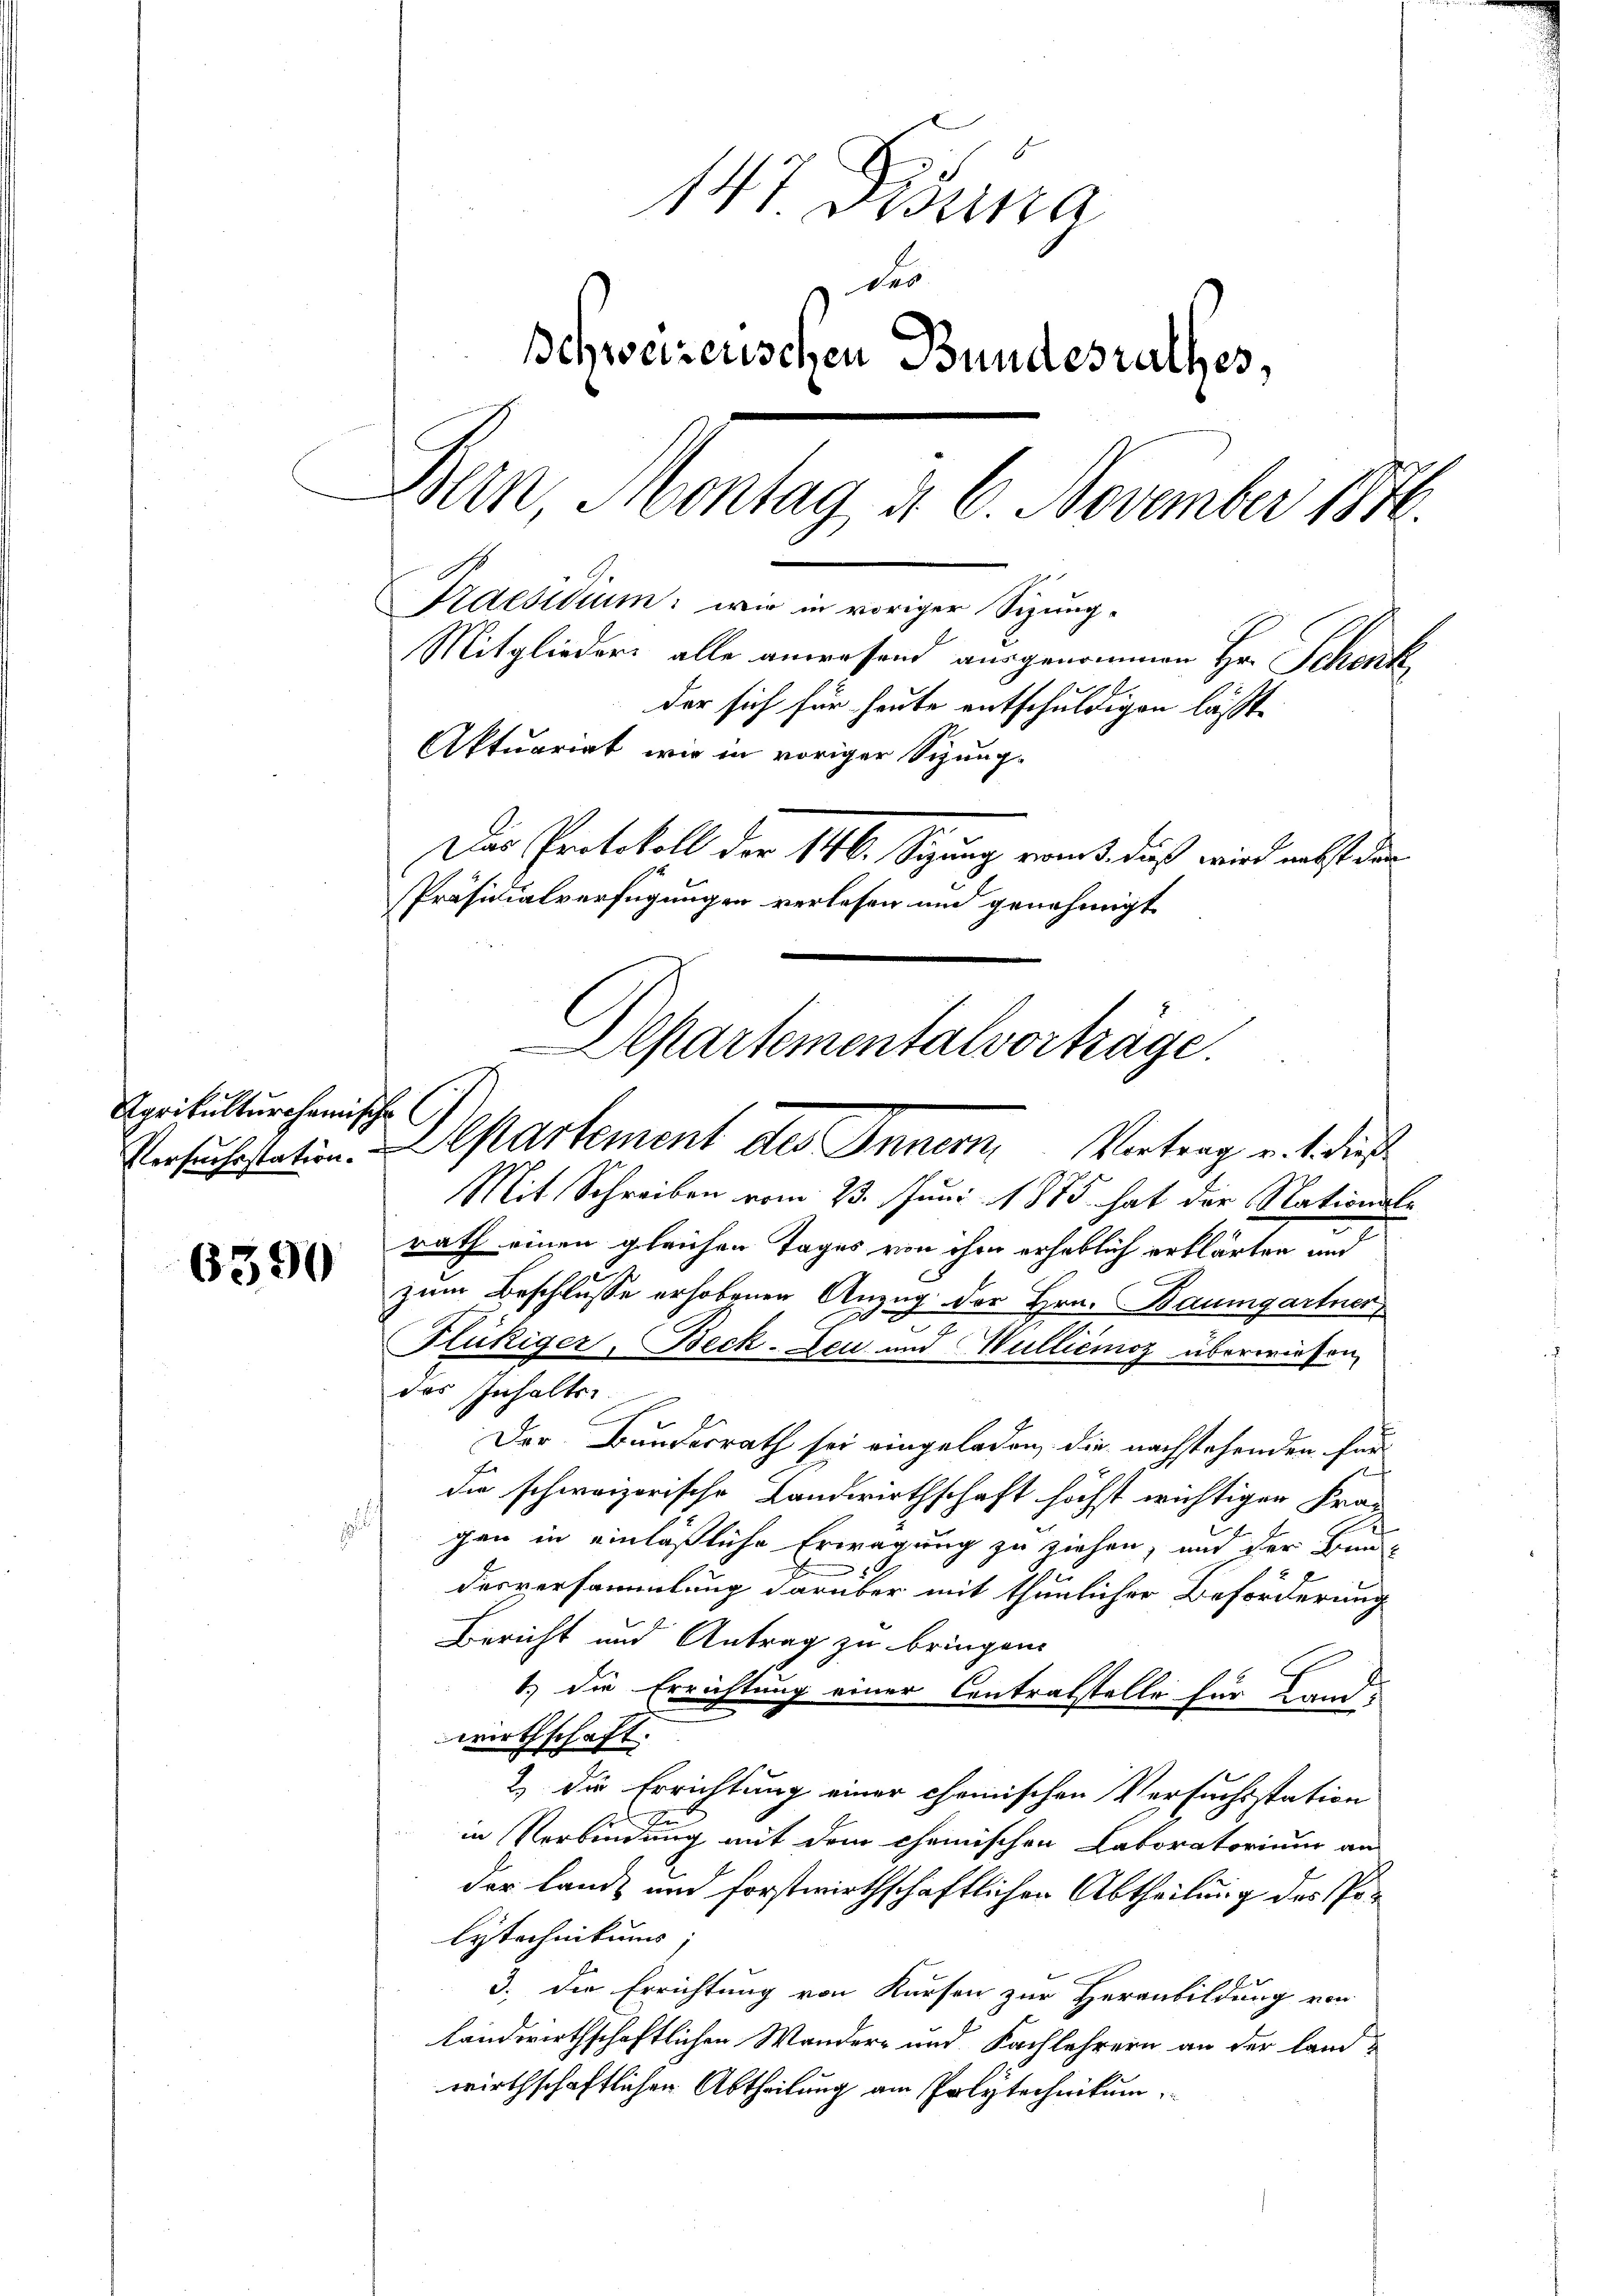
Agrikulturchanische
Versuchsstation.

6390

147 Dibuna
des
schweizerischen Bundesrathes,
Bern Montag d. 6. November 1846.
Praesidium: wie in voriger Sizung¬
Mitglieders alle anwesend ausgenommen Hr. Schenk
f
der sich für heute entschuldigen lässte
Aktuariat wie in voriger Sitzung-
Das Protokoll der 146. Sizung von dieß wird nebst den
Präsidialverfügungen verlesen und genehmigt
Aepartementalvorträge.

Mit Schreiben vom 23. Juni 1875 hat der Nationale
rath einen gleichen Tages von ihm erheblich erklärten und
zum Beschlusse erhobenen Anzug der Hrn. Baumgartner
r
x
Flükiger Beck-Leu und Wulliémoz überwiesen,
das Inhalter
Der Bundesrath sei eingeladen, die nachstehenden für
die schweizerische Landwirthschaft höchst wichtigen Frag
i
gen in einläßliche Erwägung zu ziehen, und der Bundesversammlung darüber mit thunlicher Beförderung
Bericht und Antrag zu bringen.
1.) Die Errichtung einer Centratstelle für Land-
wirthschaft.
2) Die Errichtung einer chemischen Versuchsstation
x
in Verbindung mit dem chemischen Laboratorium an
der landt und forstwirthschaftlicher Abtheilung des Polytechnikums,
3. Die Errichtung von Kursen zur Heranbildung von
landwirthschaftlichen Wandere und Fachlehrern an der landwirthschaftlichen Abtheilung am Polytechnikum,

Departement des Inner Vertrag ent die